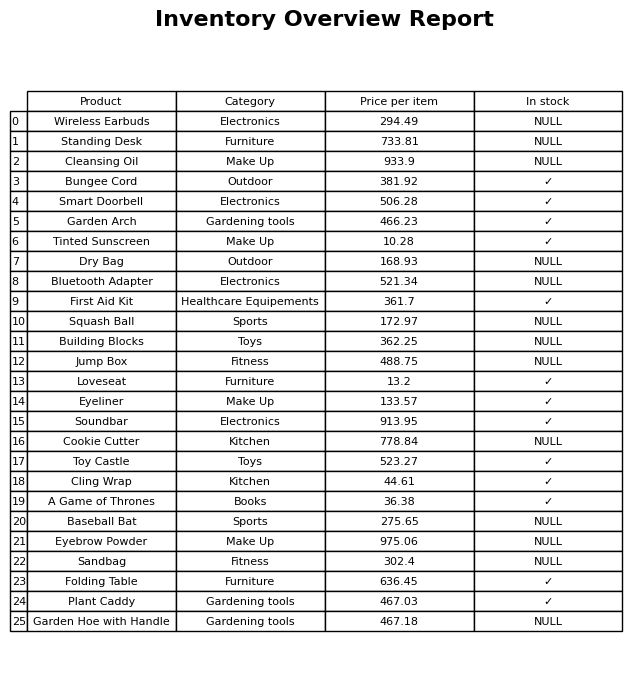
question: Which products are currently out of stock?
answer: Wireless Earbuds, Standing Desk, Cleansing Oil, Dry Bag, Bluetooth Adapter, Squash Ball, Building Blocks, Jump Box, Cookie Cutter, Baseball Bat, Eyebrow Powder, Sandbag, Garden Hoe with Handle